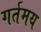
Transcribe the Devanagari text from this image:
गर्तमय